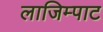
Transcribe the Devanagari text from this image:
लाजिम्पाट